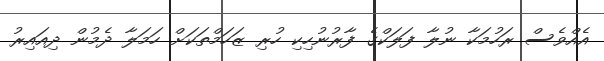
އެއްވެސް ރަހުމަކާ ނުލާ ފަލަކްގެ ފާރުނުހިކި ހުރި ޒަހަމްތަކަށް ހަމަލާ ދެމުން ދިއައިރު